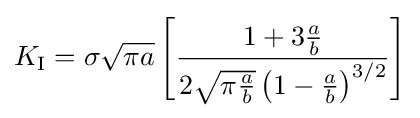
K_{\rm {I}}=\sigma {\sqrt {\pi a}}\left[{\frac {1+3{\frac {a}{b}}}{2{\sqrt {\pi {\frac {a}{b}}}}\left(1-{\frac {a}{b}}\right)^{3/2}}}\right]